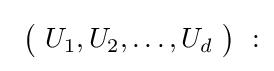
\ {\bigl (}\ U_{1},U_{2},\dots ,U_{d}\ {\bigr )}\ :